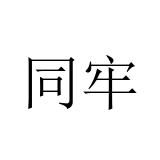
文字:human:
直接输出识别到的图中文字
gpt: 同牢